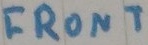
Text: FRONT